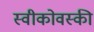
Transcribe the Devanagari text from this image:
स्वीकोवस्की